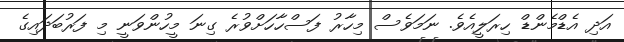
އަދި އެޑްމެންޑް ހިރަލީއެވެ. ނަމަވެސް މިހާރު ފަސްހާހަށްވުރެ ގިނަ މީހުންވަނީ މި ފަރުބަދައިގެ